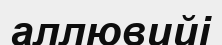
аллювийі